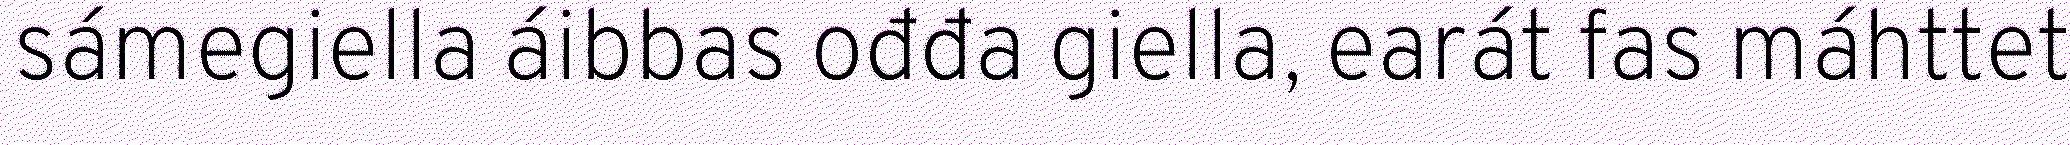
sámegiella áibbas ođđa giella, earát fas máhttet